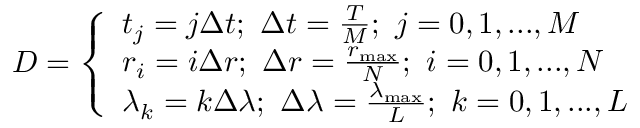
D = \left\{ \begin{array} { l l } { t _ { j } = j \Delta t ; \ \Delta t = \frac { T } { M } ; \ j = 0 , 1 , . . . , M } \\ { r _ { i } = i \Delta r ; \ \Delta r = \frac { r _ { \operatorname* { m a x } } } { N } ; \ i = 0 , 1 , . . . , N } \\ { \lambda _ { k } = k \Delta \lambda ; \ \Delta \lambda = \frac { \lambda _ { \operatorname* { m a x } } } { L } ; \ k = 0 , 1 , . . . , L } \end{array} \right.